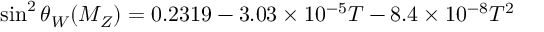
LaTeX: \sin ^ { 2 } \theta _ { W } ( M _ { Z } ) = 0 . 2 3 1 9 - 3 . 0 3 \times 1 0 ^ { - 5 } T - 8 . 4 \times 1 0 ^ { - 8 } T ^ { 2 }